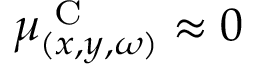
\mu _ { ( x , y , \omega ) } ^ { \textrm { C } } \approx 0